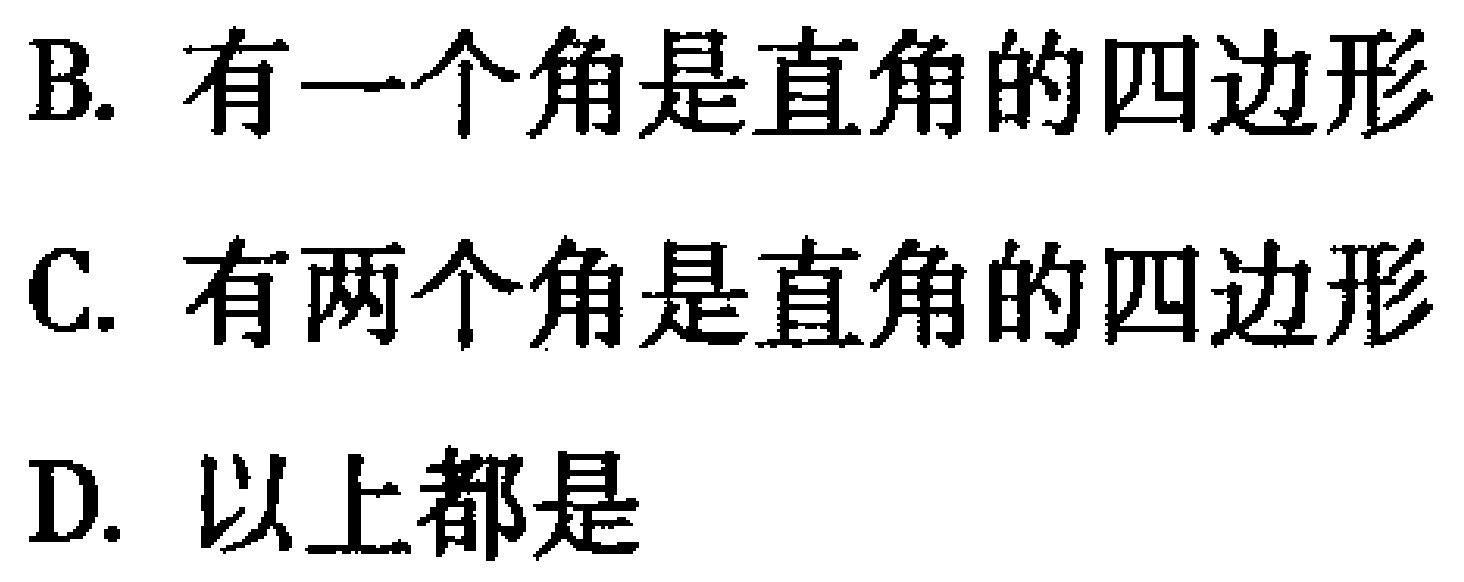
B. 有一个角是直角的四边形
C. 有两个角是直角的四边形
D. 以上都是